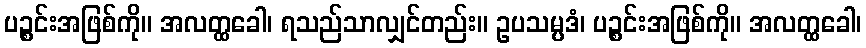
ပဉ္စင်းအဖြစ်ကို။ အလတ္ထခေါ၊ ရသည်သာလျှင်တည်း။ ဥပသမ္ပဒံ၊ ပဉ္စင်းအဖြစ်ကို။ အလတ္ထခေါ၊